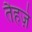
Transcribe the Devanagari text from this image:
तैहज़े